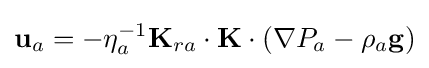
\mathbf {u} _{a}=-\eta _{a}^{-1}\mathbf {K} _{ra}\cdot \mathbf {K} \cdot \left(\nabla P_{a}-\rho _{a}\mathbf {g} \right)